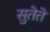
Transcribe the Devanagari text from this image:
सुतेते